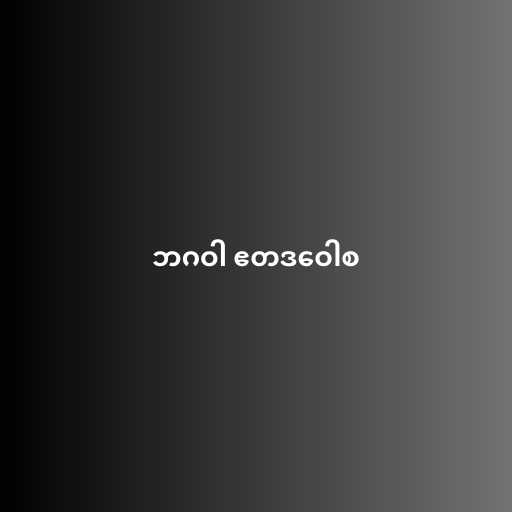
ဘဂဝါ ဧတဒဝေါစ